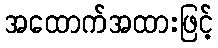
အထောက်အထားဖြင့်